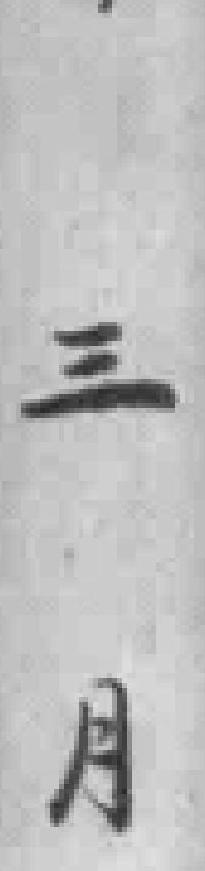
三月